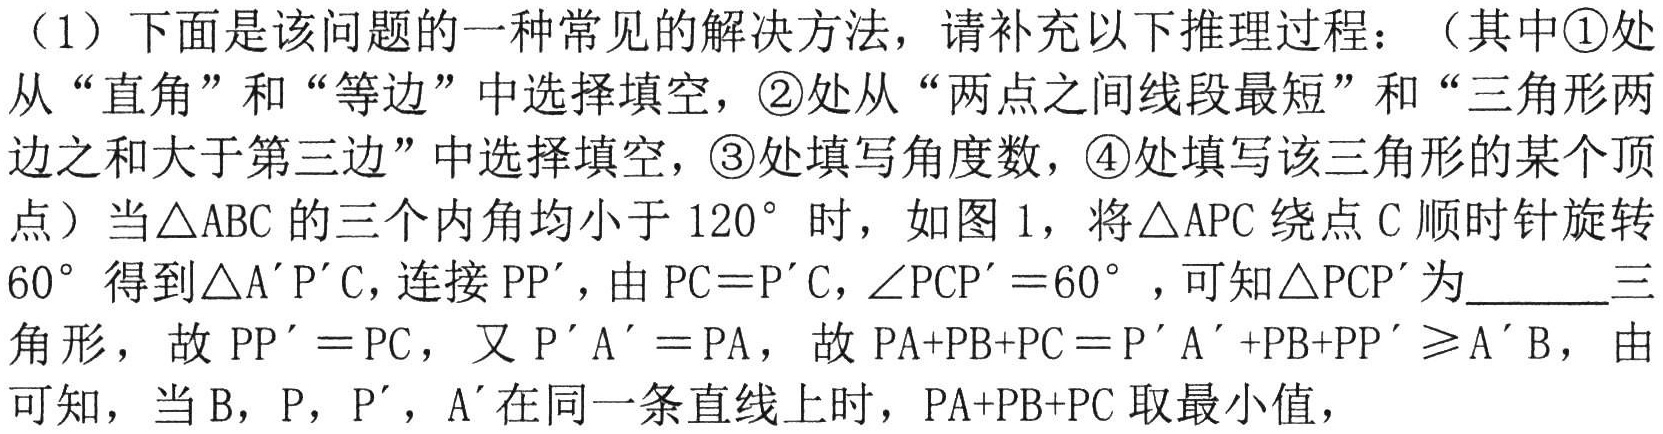
（1）下面是该问题的一种常见的解决方法，请补充以下推理过程：（其中\textcircled{1}处从“直角”和“等边”中选择填空，\textcircled{2}处从“两点之间线段最短”和“三角形两边之和大于第三边”中选择填空，\textcircled{3}处填写角度数，\textcircled{4}处填写该三角形的某个顶点）当\(\triangle ABC\)的三个内角均小于\(120^{\circ}\)时，如图1，将\(\triangle APC\)绕点\(C\)顺时针旋转\(60^{\circ}\)得到\(\triangle A'P'C\)，连接\(PP'\)，由\(PC = P'C\)，\(\angle PCP' = 60^{\circ}\)，可知\(\triangle PCP'\)为______三角形，故\(PP' = PC\)，又\(P'A' = PA\)，故\(PA + PB+ PC=P'A'+PB + PP'\geqslant A'B\)，由 可知，当\(B\)，\(P\)，\(P'\)，\(A'\)在同一条直线上时，\(PA + PB + PC\)取最小值，